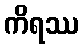
ကိရဿ